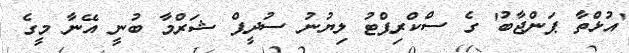
'އުޅްތާ ޕަންޖާބު' ގެ ސްކްރިޕްޓު ލިޔުނު ސުދީޕް ޝަރްމާ ބުނީ އޭނާ މީގެ